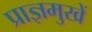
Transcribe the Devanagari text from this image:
प्राज्ञमुखें